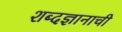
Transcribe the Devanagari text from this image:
शब्दज्ञानाची